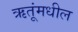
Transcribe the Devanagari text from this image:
ऋतूंमधील